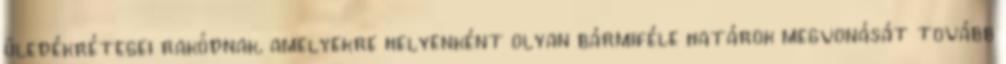
üledékrétegei rakódnak, amelyekre helyenként olyan bármiféle határok megvonását tovább